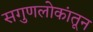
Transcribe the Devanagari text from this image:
सगुणलोकांतून